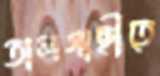
তালগাছীতে